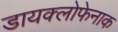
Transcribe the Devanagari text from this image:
डायक्लोफेनाक